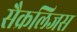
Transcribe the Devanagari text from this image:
सैक्रलिजस